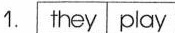
1.they play